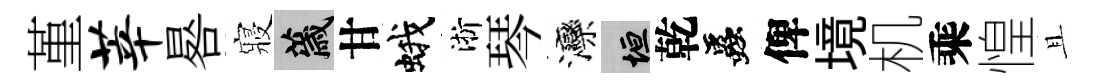
堇莘晷寢薉甘蛾淅琴灤垣乾蟲俾境机乘惶且